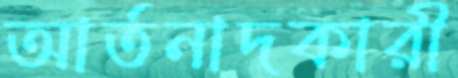
আর্তনাদকারী